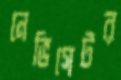
নেভিগেটর